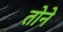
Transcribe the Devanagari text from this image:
तोने